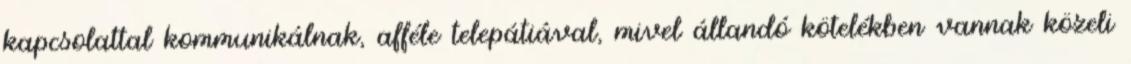
kapcsolattal kommunikálnak, afféle telepátiával, mivel állandó kötelékben vannak közeli